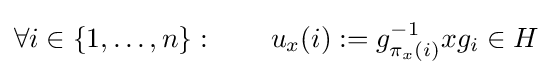
\forall i\in \{1,\ldots ,n\}:\qquad u_{x}(i):=g_{\pi _{x}(i)}^{-1}xg_{i}\in H